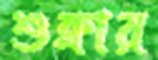
শুক্লার